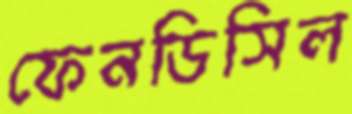
ফেনডিসিল